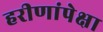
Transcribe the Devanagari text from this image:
हरीणांपेक्षा